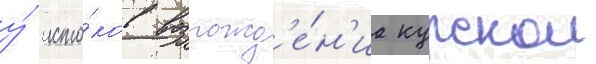
у́ исто́ков возрожд'е́н'иа курскои